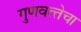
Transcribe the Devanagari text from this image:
गुणवत्‍तेचा